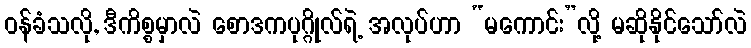
ဝန်ခံသလို, ဒီကိစ္စမှာလဲ စောဒကပုဂ္ဂိုလ်ရဲ့ အလုပ်ဟာ “မကောင်း”လို့ မဆိုနိုင်သော်လဲ